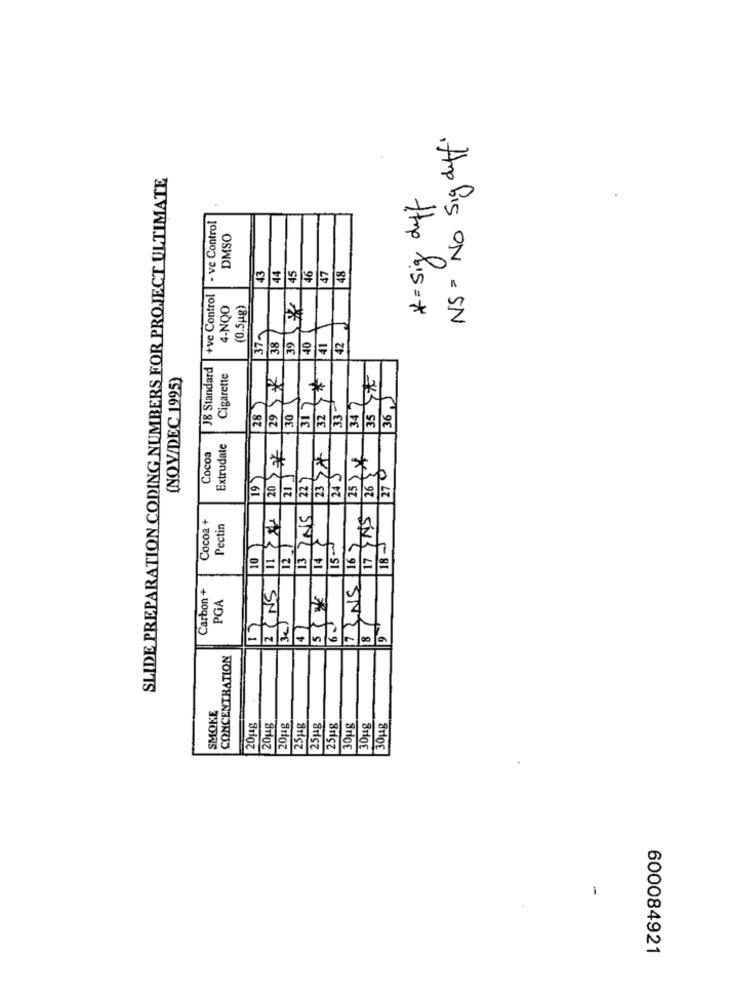
NS = No Sig duff.
SLIDE PREPARATION CODING NUMBERS FOR PROJECT ULTIMATE
* = Sig diff
- ve Control
DMSO
43
44
45
46
47
48
+ve Control
4-NQO
(0.5g)
39 %
42
379
38
40
41
J8 Standard
(NOV/DEC 1995)
Cigarette
29 57
32
35 THE
317
33-
34 7
36
28
1
30
Extrudate
20 22€
Cocoa
23 77E
25 24
26
270
21
22 7
24 J
19
13 INS
11 24
17 YAS
Cocoa +
Pectin
14 }
15 mm
NS 167
12 )
18 -
10
Carbon +
2 CNS
PGA
17
3c)
8
9
CONCENTRATION
SMOKE
20 g
20ug
201g
251g
25Mg
25ug
30ug
30Mg
301g
-
600084921